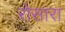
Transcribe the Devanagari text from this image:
रोसारा